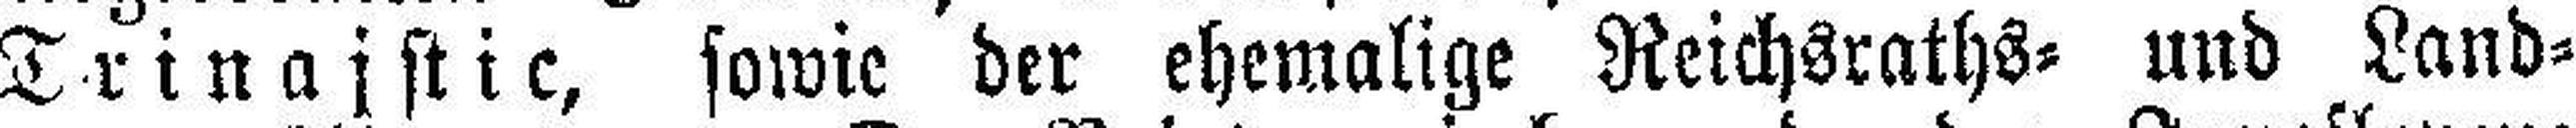
Trinajstic, sowie der ehemalige Reichsraths= und Land¬